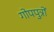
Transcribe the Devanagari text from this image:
गोपपुत्रों